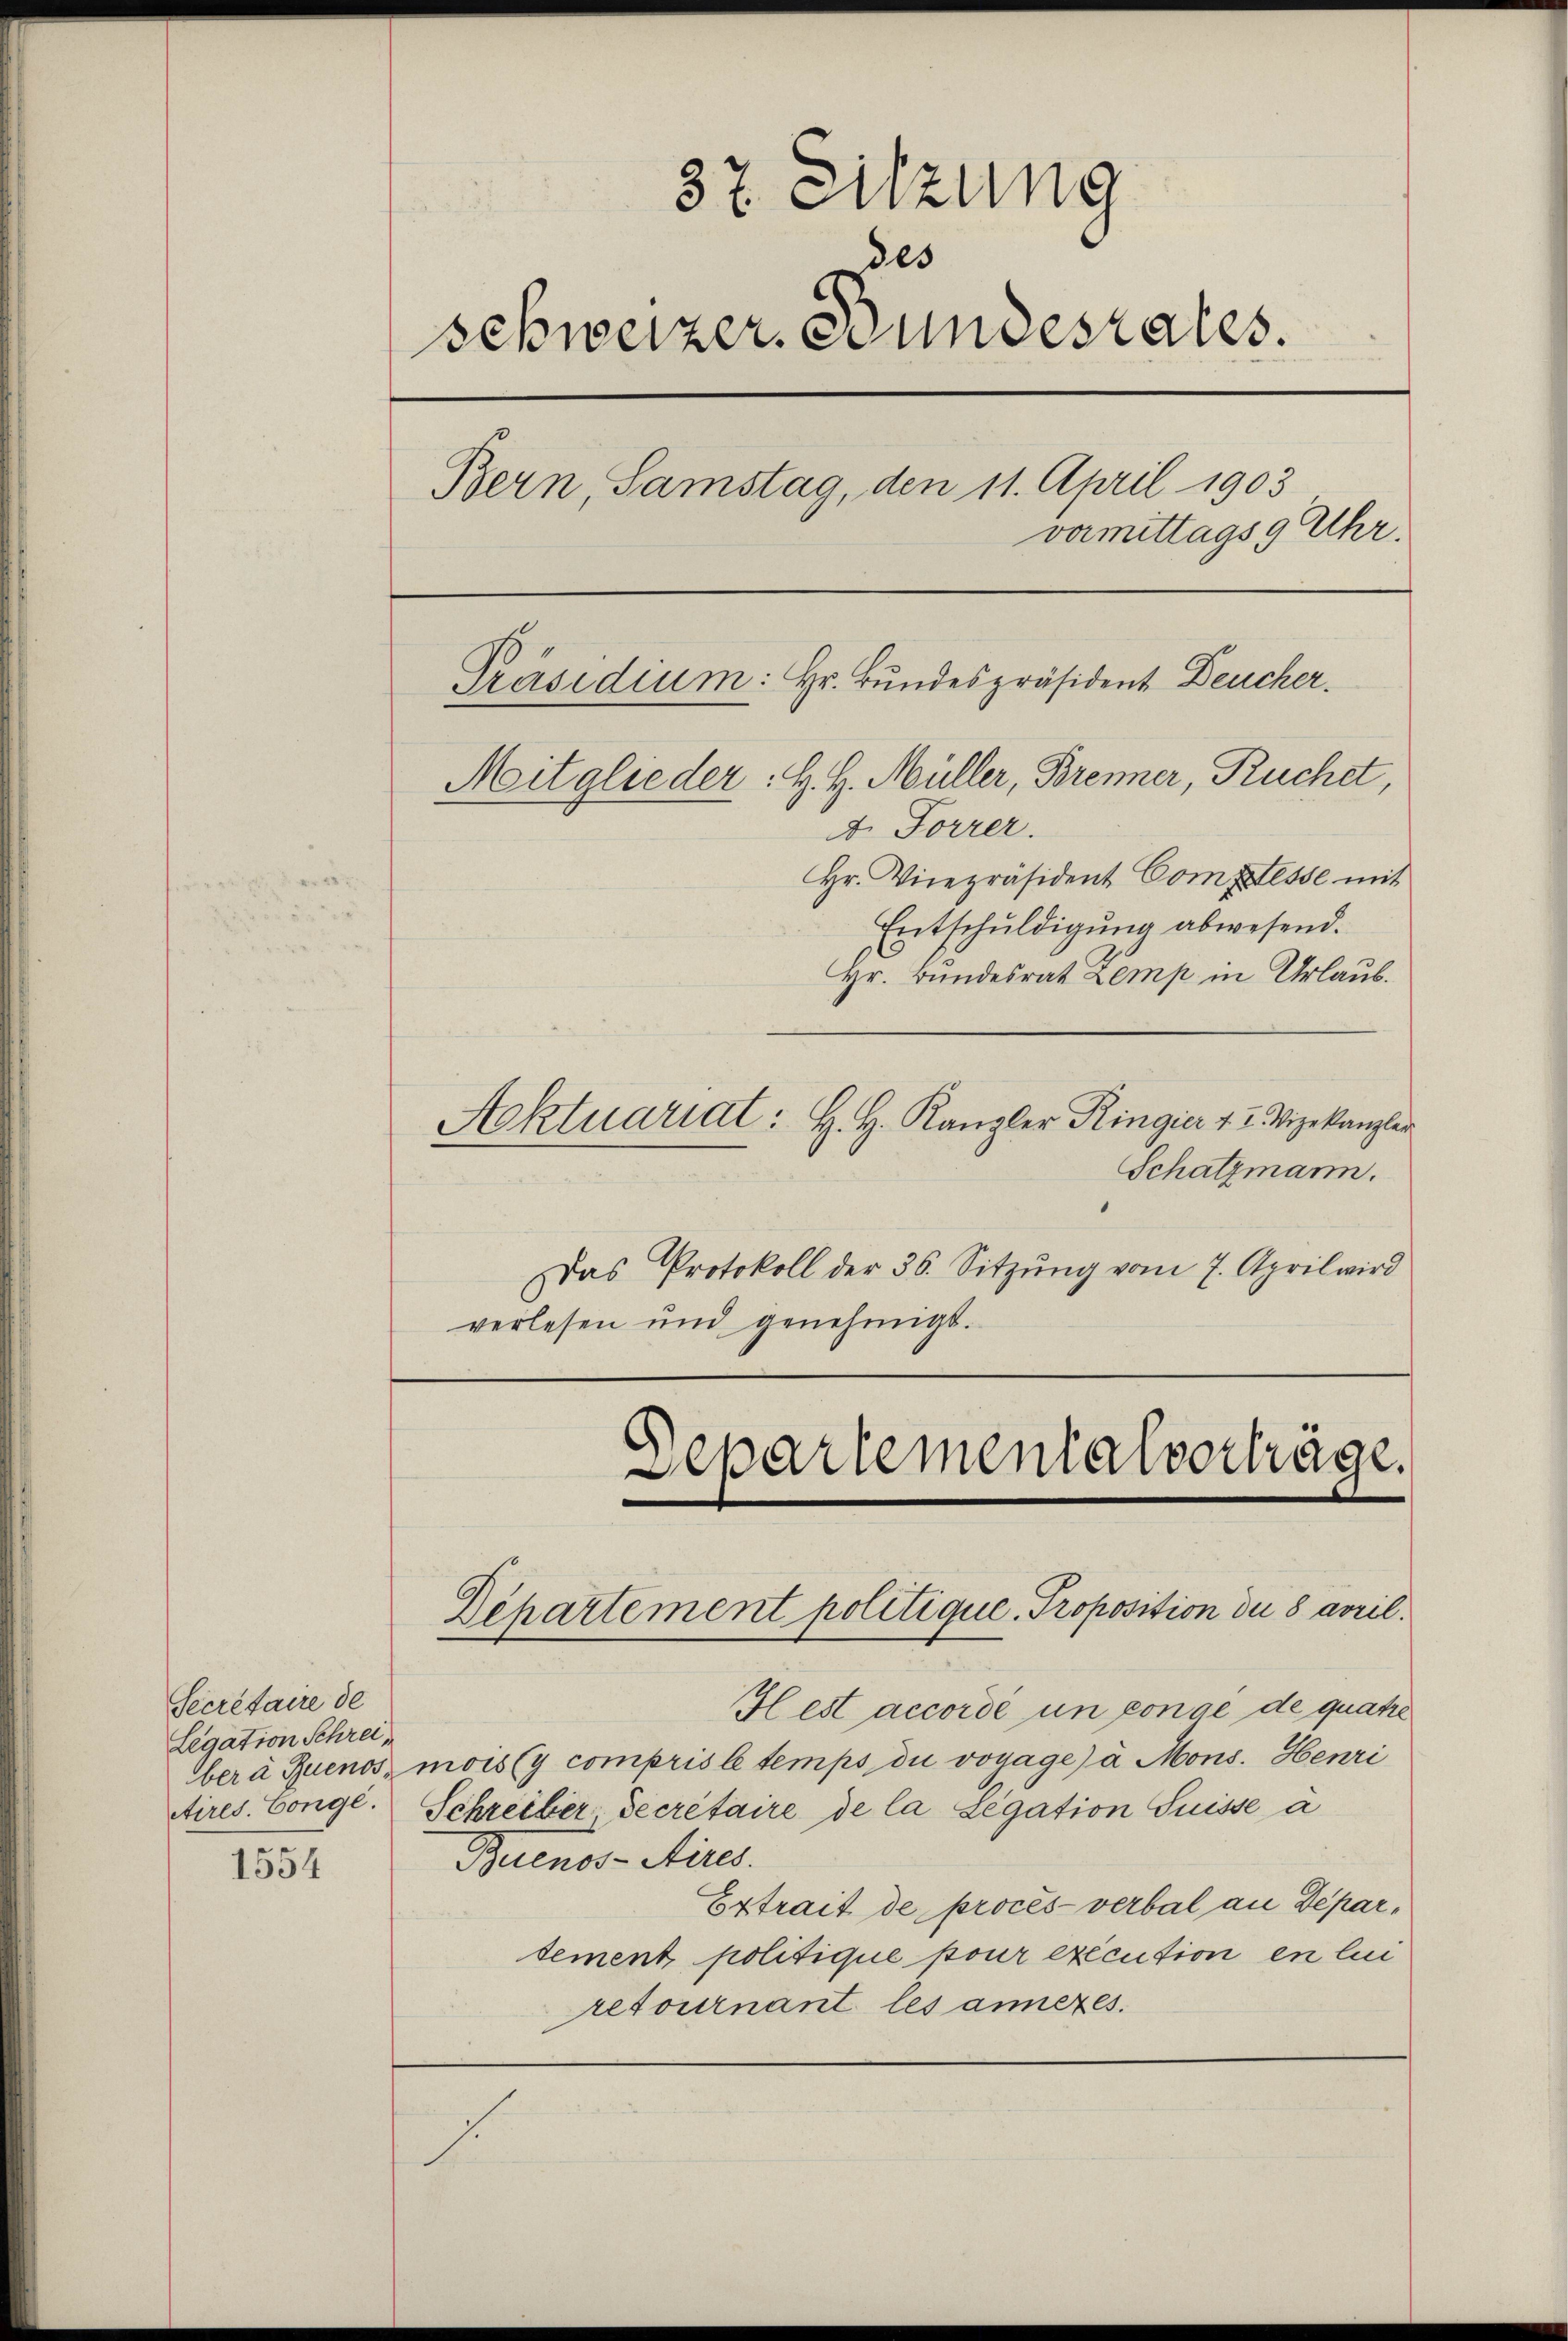
Secretaire de
Legation Schrei¬

1554

37. Sitzung
des
schweizer. Bundesrates.
Bern, Samstag, den 11. April 1903
vormittags 9 Uhr.
Präsidium: Hr. Bundespräsident Deucher.
Mitglieder: H. H. Müller, Brenner, Ruchet,
d. Forrer.

Hr. Vicepräsident Comptesse mit
Entschuldigung abwesend.
Hr. Bundesrat Zemp in Urlaub.
Aktuariat: H. H. Kanzler Ringier v. 2. Vizekanzler
Schatzmann.
Das Protokoll der 36. Sitzŭng vom 7. April wird
verlesen und genehmigt.
Departementalvorträge.

Departement politique, Proposition der 8 April.

Hest accordé un congé de quatre
berà Buenos mois (y compris le temps die voyage) à Mons. Henri
ctires. Conge. Schreiber Secretaire de la Legation Suisse a
Buenos-Aires.
Extrait de procès-verbal an Departement politique pour exécution en li
retournant les anneres.
s.